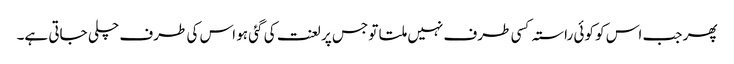
پھر جب اس کو کوئی راستہ کسی طرف نہیں ملتا تو جس پر لعنت کی گئی ہو اس کی طرف چلی جاتی ہے۔